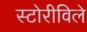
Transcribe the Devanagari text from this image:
स्टोरीविले